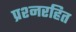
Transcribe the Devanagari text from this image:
प्रश्नरहित